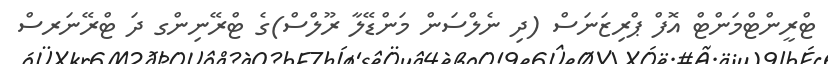
ޓްރީންޓްމަންޓް އޮފް ޕްރިޒަނަސް (ދި ނެލްސަން މަންޑޭލާ ރޫލްސް)ގެ ޓްރޭނިންގ ދަ ޓްރޭނަރސް